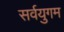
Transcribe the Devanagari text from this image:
सर्वयुगम